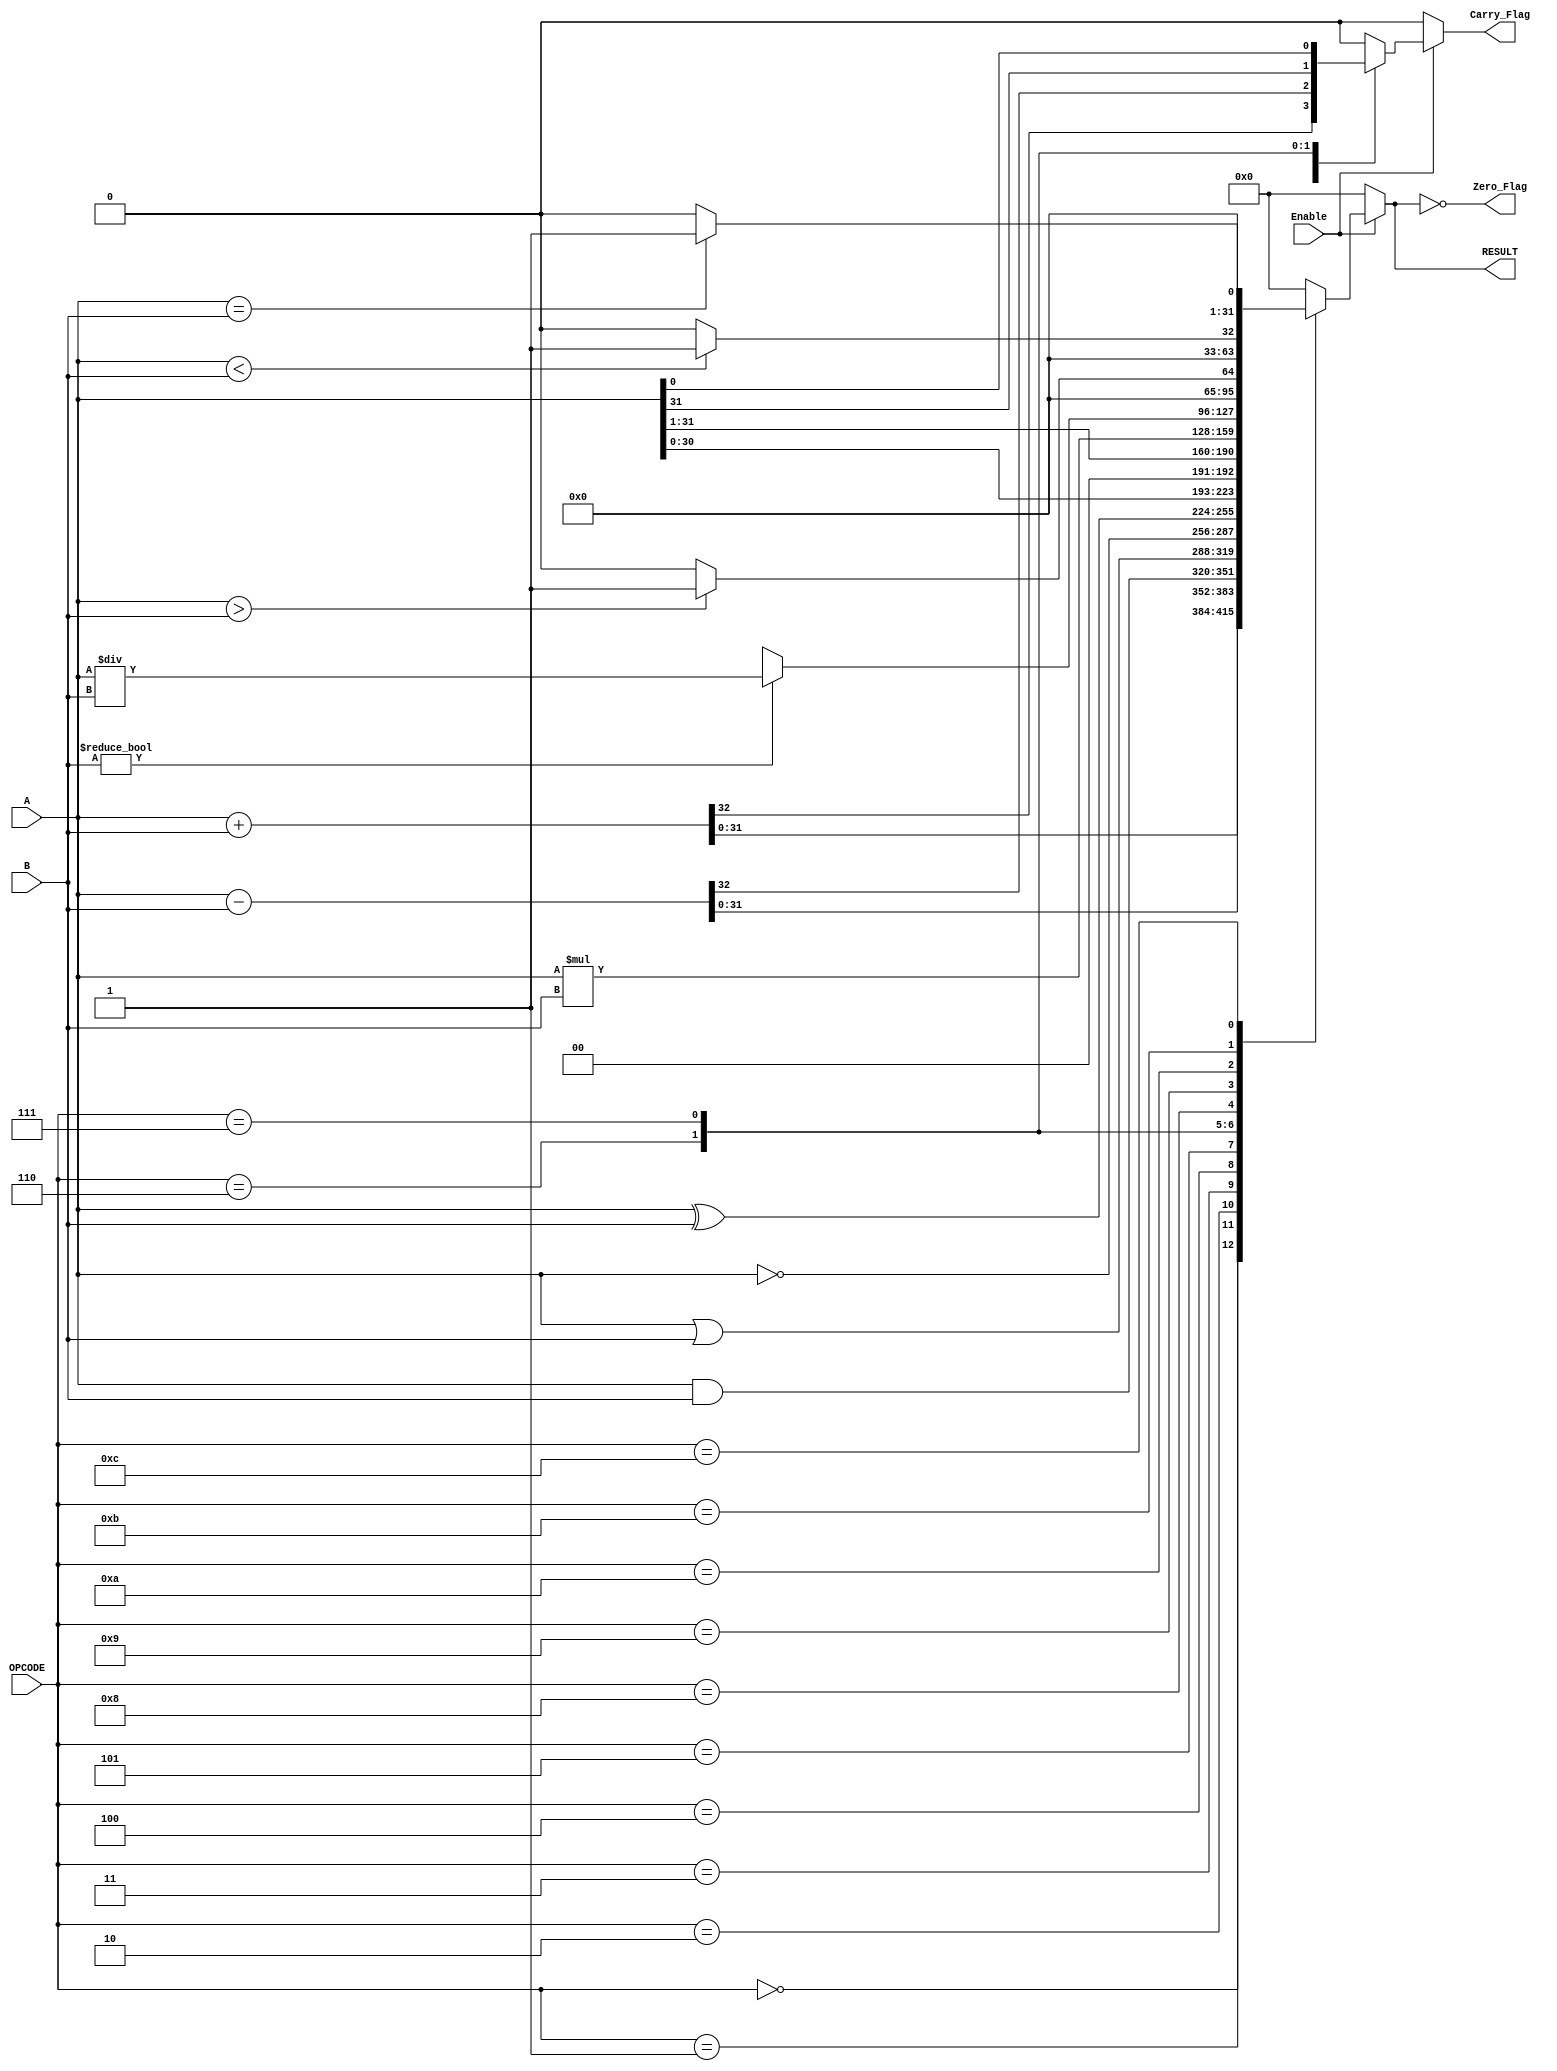
module ParameterizedALU #(
    parameter DATA_WIDTH = 32,        // Width of the data bus
    parameter OPERATION_WIDTH = 4      // Number of operation select bits
)(
    input  wire [DATA_WIDTH-1:0] A,   // First operand
    input  wire [DATA_WIDTH-1:0] B,   // Second operand
    input  wire [OPERATION_WIDTH-1:0] OPCODE, // Operation select
    input  wire Enable,                // Enable signal
    output reg [DATA_WIDTH-1:0] RESULT, // Result of the operation
    output reg Zero_Flag,              // Zero flag
    output reg Carry_Flag              // Carry flag
);

    // Define operation codes
    localparam ADD      = 4'b0000;
    localparam SUB      = 4'b0001;
    localparam AND      = 4'b0010;
    localparam OR       = 4'b0011;
    localparam NOT      = 4'b0100;
    localparam XOR      = 4'b0101;
    localparam SHL      = 4'b0110; // Shift Left
    localparam SHR      = 4'b0111; // Shift Right
    localparam MUL      = 4'b1000; // Multiplication
    localparam DIV      = 4'b1001; // Division
    localparam GT       = 4'b1010; // Greater Than
    localparam LT       = 4'b1011; // Less Than
    localparam EQ       = 4'b1100; // Equal To

    always @(*) begin
        if (Enable) begin
            case (OPCODE)
                ADD: begin
                    {Carry_Flag, RESULT} = A + B; // Capture carry
                end
                SUB: begin
                    {Carry_Flag, RESULT} = A - B; // Capture carry
                end
                AND: begin
                    RESULT = A & B;
                    Carry_Flag = 1'b0; // No carry for logical operations
                end
                OR: begin
                    RESULT = A | B;
                    Carry_Flag = 1'b0; // No carry for logical operations
                end
                NOT: begin
                    RESULT = ~A; // Assuming NOT operates on A
                    Carry_Flag = 1'b0; // No carry for logical operations
                end
                XOR: begin
                    RESULT = A ^ B;
                    Carry_Flag = 1'b0; // No carry for logical operations
                end
                SHL: begin
                    RESULT = A << 1; // Logical Shift Left
                    Carry_Flag = A[DATA_WIDTH-1]; // Capture the shifted out bit
                end
                SHR: begin
                    RESULT = A >> 1; // Logical Shift Right
                    Carry_Flag = A[0]; // Capture the shifted out bit
                end
                MUL: begin
                    RESULT = A * B; // Multiplication
                    Carry_Flag = 1'b0; // No carry for multiplication
                end
                DIV: begin
                    if (B != 0) begin
                        RESULT = A / B; // Division
                        Carry_Flag = 1'b0; // No carry for division
                    end else begin
                        RESULT = {DATA_WIDTH{1'bx}}; // Undefined on division by zero
                        Carry_Flag = 1'b0;
                    end
                end
                GT: begin
                    RESULT = (A > B) ? 1 : 0; // Greater Than
                    Carry_Flag = 1'b0;
                end
                LT: begin
                    RESULT = (A < B) ? 1 : 0; // Less Than
                    Carry_Flag = 1'b0;
                end
                EQ: begin
                    RESULT = (A == B) ? 1 : 0; // Equal To
                    Carry_Flag = 1'b0;
                end
                default: begin
                    RESULT = {DATA_WIDTH{1'b0}}; // Default case
                    Carry_Flag = 1'b0;
                end
            endcase
        end else begin
            RESULT = {DATA_WIDTH{1'b0}}; // Reset RESULT when not enabled
            Carry_Flag = 1'b0; // Reset Carry Flag
        end

        // Update Zero Flag
        Zero_Flag = (RESULT == 0);
    end

endmodule